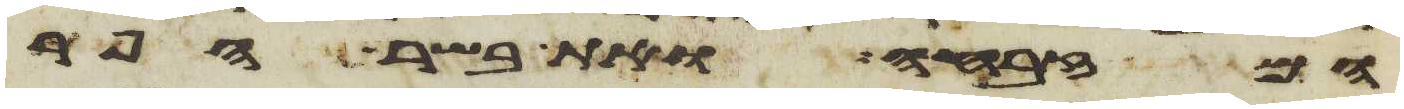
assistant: המזבחה ואת בשר הפר